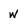
Character: w